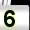
Digit: 5